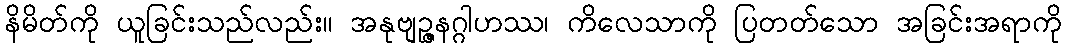
နိမိတ်ကို ယူခြင်းသည်လည်း။ အနုဗျဉ္ဇနဂ္ဂါဟဿ၊ ကိလေသာကို ပြတတ်သော အခြင်းအရာကို